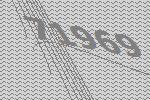
71969